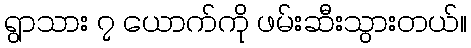
ရွာသား ၇ ယောက်ကို ဖမ်းဆီးသွားတယ်။